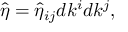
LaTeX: { \hat { \eta } } = { \hat { \eta } } _ { i j } d k ^ { i } d k ^ { j } ,